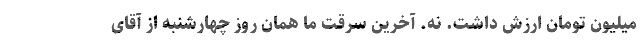
میلیون تومان ارزش داشت. نه. آخرین سرقت ما همان روز چهارشنبه از آقای